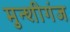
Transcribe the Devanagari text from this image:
मुन्शीगंज